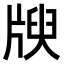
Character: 𤗝